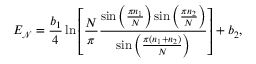
E _ { \mathcal { N } } = \frac { b _ { 1 } } { 4 } \ln \left[ \frac { N } { \pi } \frac { \sin \left( \frac { \pi n _ { 1 } } { N } \right) \sin \left( \frac { \pi n _ { 2 } } { N } \right) } { \sin \left( \frac { \pi ( n _ { 1 } + n _ { 2 } ) } { N } \right) } \right] + b _ { 2 } ,